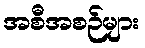
အစီအစဉ်များ